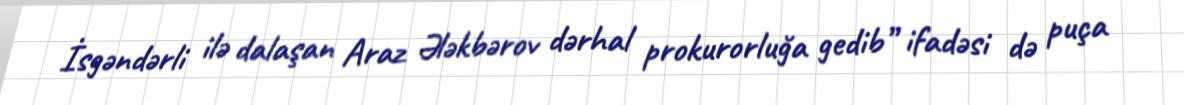
İsgəndərli ilə dalaşan Araz Ələkbərov dərhal prokurorluğa gedib” ifadəsi də puça